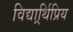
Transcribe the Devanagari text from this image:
विद्यार्र्थिप्रिय